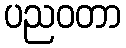
ပညဝတာ